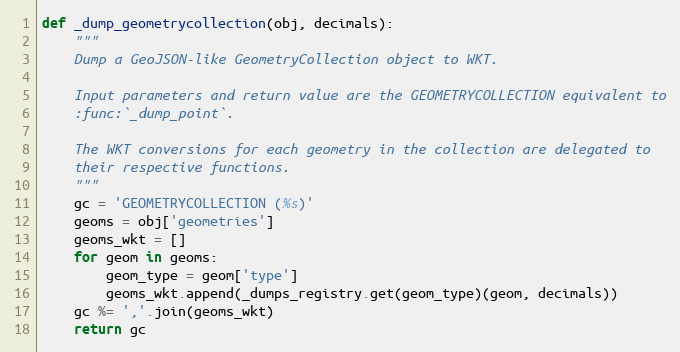
Language: Python
def _dump_geometrycollection(obj, decimals):
    """
    Dump a GeoJSON-like GeometryCollection object to WKT.

    Input parameters and return value are the GEOMETRYCOLLECTION equivalent to
    :func:`_dump_point`.

    The WKT conversions for each geometry in the collection are delegated to
    their respective functions.
    """
    gc = 'GEOMETRYCOLLECTION (%s)'
    geoms = obj['geometries']
    geoms_wkt = []
    for geom in geoms:
        geom_type = geom['type']
        geoms_wkt.append(_dumps_registry.get(geom_type)(geom, decimals))
    gc %= ','.join(geoms_wkt)
    return gc